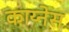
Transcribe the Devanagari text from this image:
काय्नेस